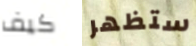
كيف ستظهر